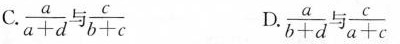
C. $$\frac { a } { a + d } \frac { c } { b + c }$$ D . $$\frac { a } { b + d } \frac { c } { a + c }$$